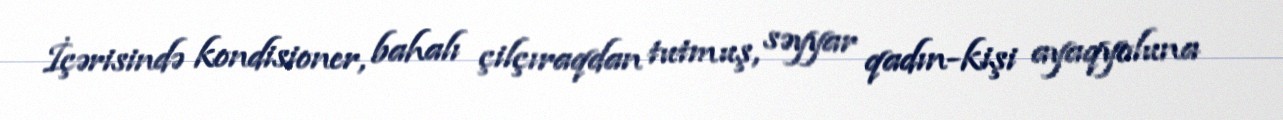
İçərisində kondisioner, bahalı çilçıraqdan tutmuş, səyyar qadın-kişi ayaqyoluna